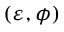
( \varepsilon , \phi )